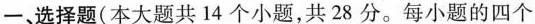
一、选择题(本大题共14个小题，共28分。每小题的四个